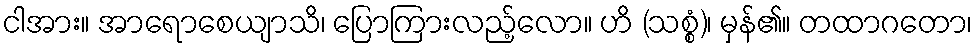
ငါအား။ အာရောစေယျာသိ၊ ပြောကြားလည့်လော။ ဟိ (သစ္စံ)၊ မှန်၏။ တထာဂတော၊